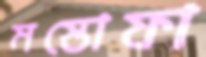
মস্তোফা